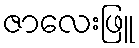
ဇာလေးဖြူ